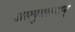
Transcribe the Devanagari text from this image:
अस्त्युत्तरस्याम्